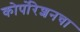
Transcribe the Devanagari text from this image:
कोर्पोरेशनचा